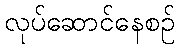
လုပ်ဆောင်နေစဉ်